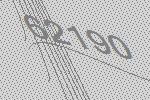
62190